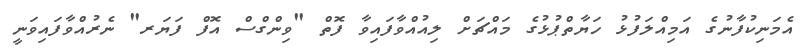
އެމަނިކުފާނުގެ އަމިއްލަފުޅު ހަޔާތްޕުޅުގެ މައްޗަށް ލިއުއްވާފައިވާ ފޮތް "ވިންގްސް އޮފް ފަޔަރ" ނެރުއްވާފައިވަނީ